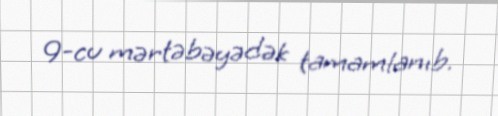
9-cu mərtəbəyədək tamamlanıb.